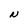
Character: N